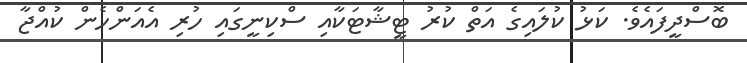
ބޮސްދީފައެވެ. ކަޅު ކުލައިގެ އަތް ކުރު ޓީޝާޓަކާއި ސްކިނީގައި ހުރި އެއަންހެން ކުއްޖާ